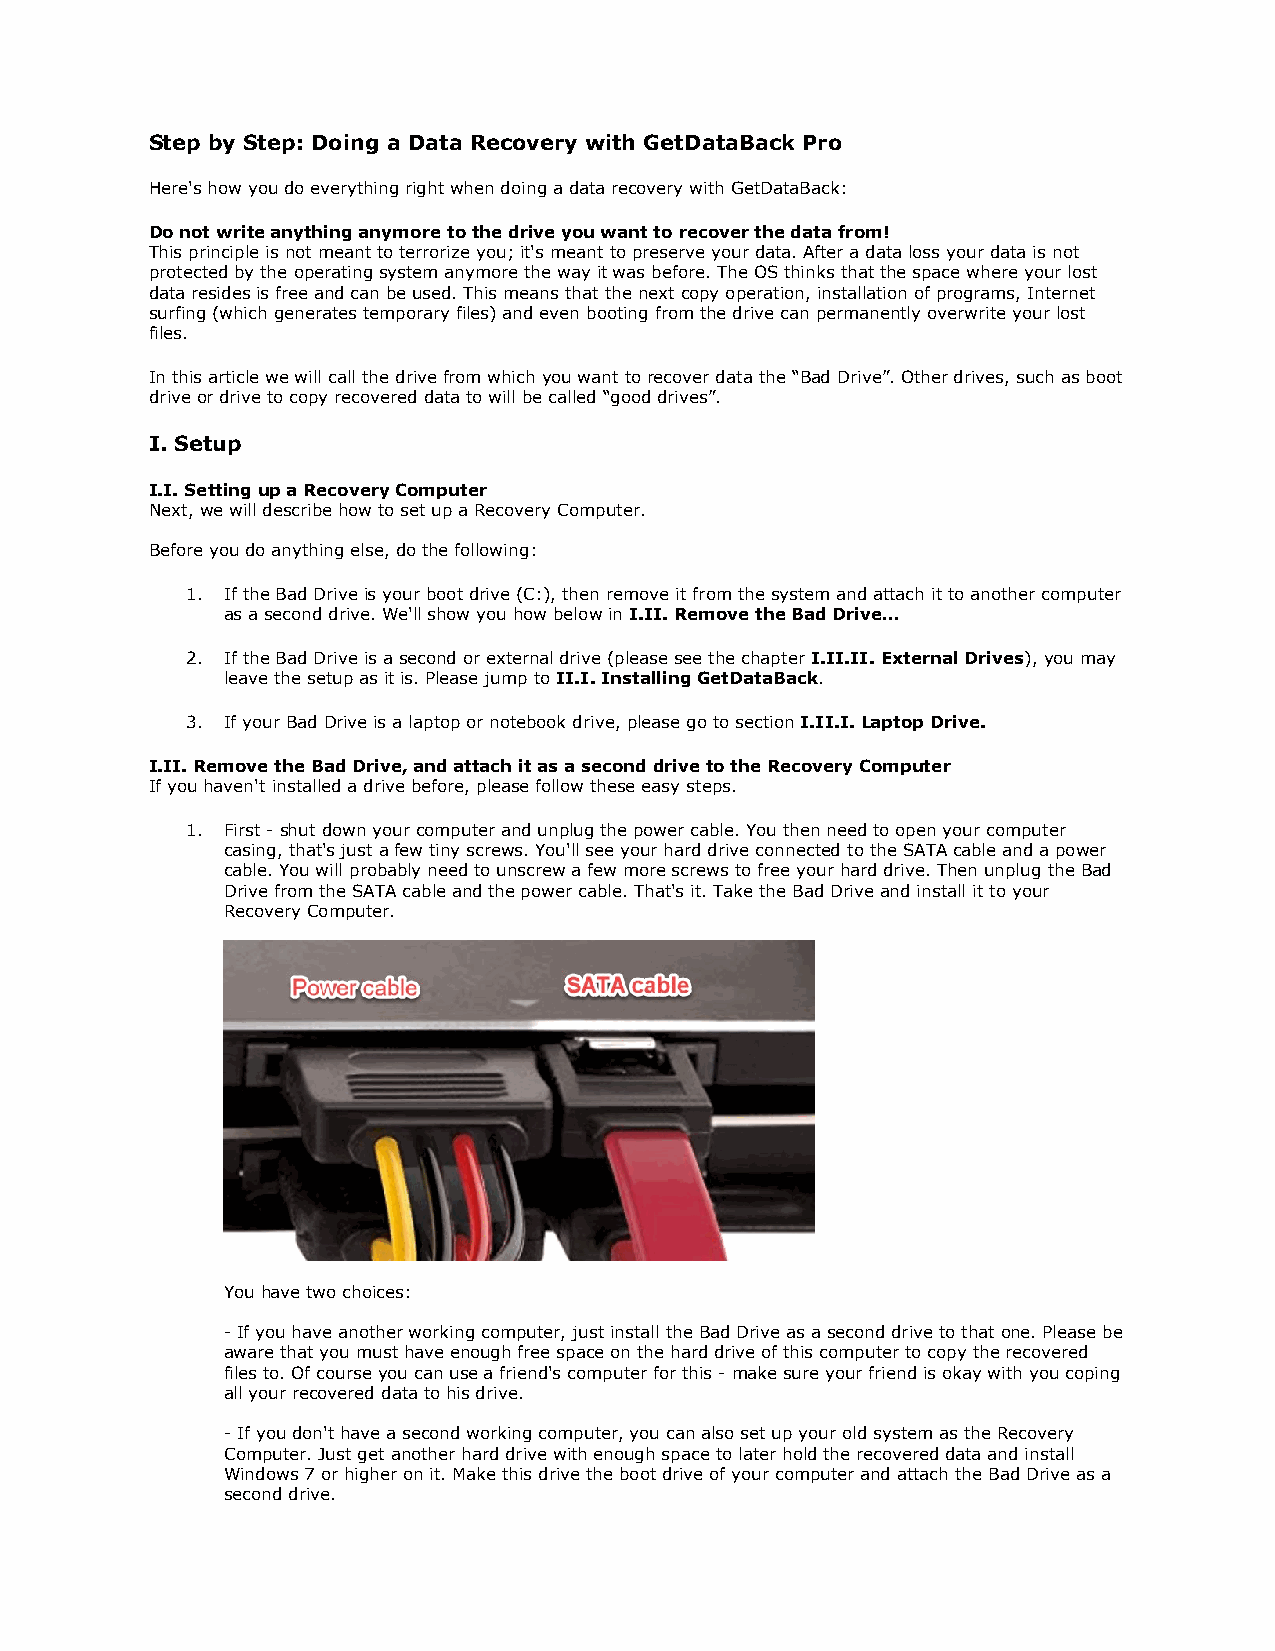
Step by Step: Doing a Data Recovery with GetDataBack Pro
 Here's how you do everything right when doing a data recovery with GetDataBack:
 Do not write anything anymore to the drive you want to recover the data from!
 This principle is not meant to terrorize you; it's meant to preserve your data. After a data loss your data is not
 protected by the operating system anymore the way it was before. The OS thinks that the space where your lost
 data resides is free and can be used. This means that the next copy operation, installation of programs, Internet
 surfing (which generates temporary files) and even booting from the drive can permanently overwrite your lost
 files.
 In this article we will call the drive from which you want to recover data the “Bad Drive”. Other drives, such as boot
 drive or drive to copy recovered data to will be called “good drives”.
 I. Setup
 I.I. Setting up a Recovery Computer
 Next, we will describe how to set up a Recovery Computer.
 Before you do anything else, do the following:
 1. If the Bad Drive is your boot drive (C:), then remove it from the system and attach it to another computer
 as a second drive. We'll show you how below in I.II. Remove the Bad Drive…
 2. If the Bad Drive is a second or external drive (please see the chapter I.II.II. External Drives), you may
 leave the setup as it is. Please jump to II.I. Installing GetDataBack.
 3. If your Bad Drive is a laptop or notebook drive, please go to section I.II.I. Laptop Drive.
 I.II. Remove the Bad Drive, and attach it as a second drive to the Recovery Computer
 If you haven't installed a drive before, please follow these easy steps.
 1. First - shut down your computer and unplug the power cable. You then need to open your computer
 casing, that's just a few tiny screws. You'll see your hard drive connected to the SATA cable and a power
 cable. You will probably need to unscrew a few more screws to free your hard drive. Then unplug the Bad
 Drive from the SATA cable and the power cable. That's it. Take the Bad Drive and install it to your
 Recovery Computer.
 You have two choices:
 - If you have another working computer, just install the Bad Drive as a second drive to that one. Please be
 aware that you must have enough free space on the hard drive of this computer to copy the recovered
 files to. Of course you can use a friend's computer for this - make sure your friend is okay with you coping
 all your recovered data to his drive.
 - If you don't have a second working computer, you can also set up your old system as the Recovery
 Computer. Just get another hard drive with enough space to later hold the recovered data and install
 Windows 7 or higher on it. Make this drive the boot drive of your computer and attach the Bad Drive as a
 second drive.